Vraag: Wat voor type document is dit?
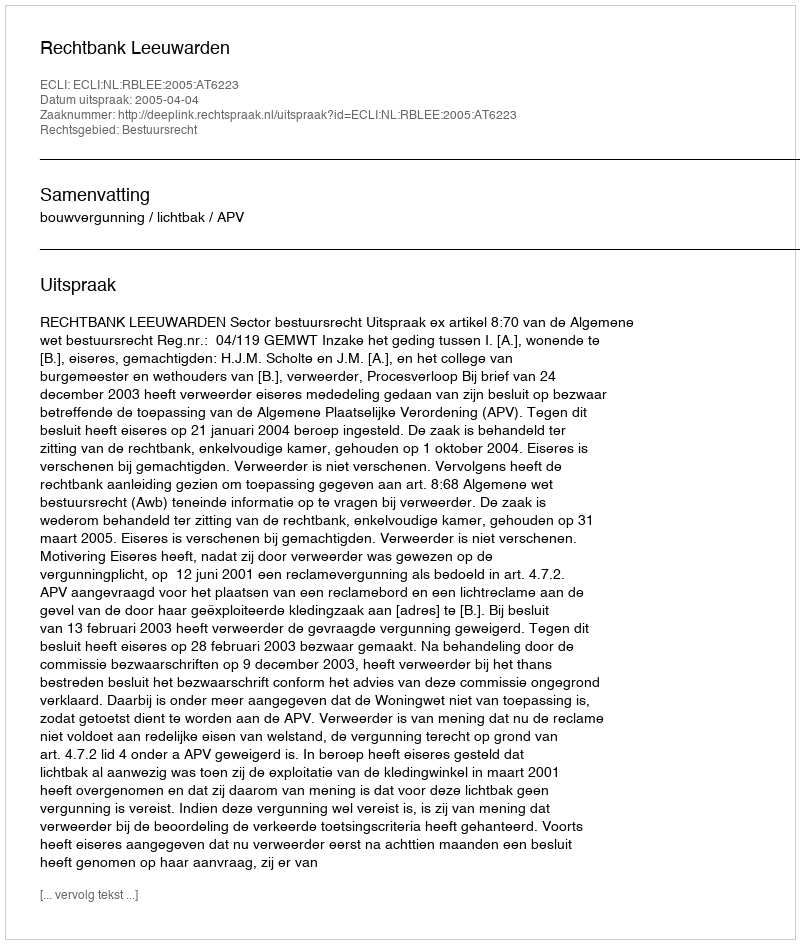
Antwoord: Uitspraak